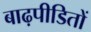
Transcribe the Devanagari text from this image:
बाढ़पीडितों